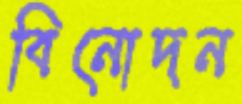
বিনোদন